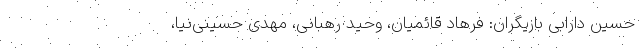
حسین دارابی بازیگران: فرهاد قائمیان، وحید رهبانی، مهدی حسینی‌نیا،